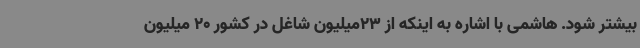
بیشتر شود. هاشمی با اشاره به اینکه از 23میلیون شاغل در کشور 20 میلیون